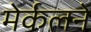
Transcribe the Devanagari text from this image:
मेर्कलने